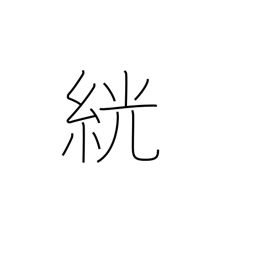
Meaning: white rice